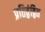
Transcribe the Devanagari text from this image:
प्रतिद्वंद्वित